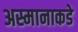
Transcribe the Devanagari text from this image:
अस्मानाकडे